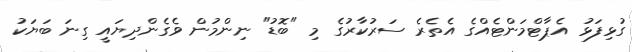
ގުޅިފަޅު އެޕާޓްމަންޓެއްގެ އެތެރެ ސަރުކާރުގެ މި "ބޮޑު" ނިންމުން ވެގެންދިޔައީ ގިނަ ބަޔަކު